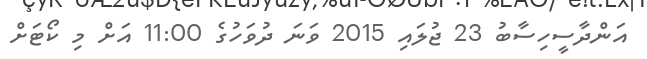
އަންދާސީހިސާބު 23 ޖުލައި 2015 ވަނަ ދުވަހުގެ 11:00 އަށް މި ކޯޓަށް